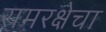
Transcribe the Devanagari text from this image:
रामरक्षेचा